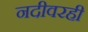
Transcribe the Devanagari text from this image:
नदीवरही